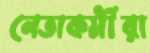
নেতাকর্মীরা